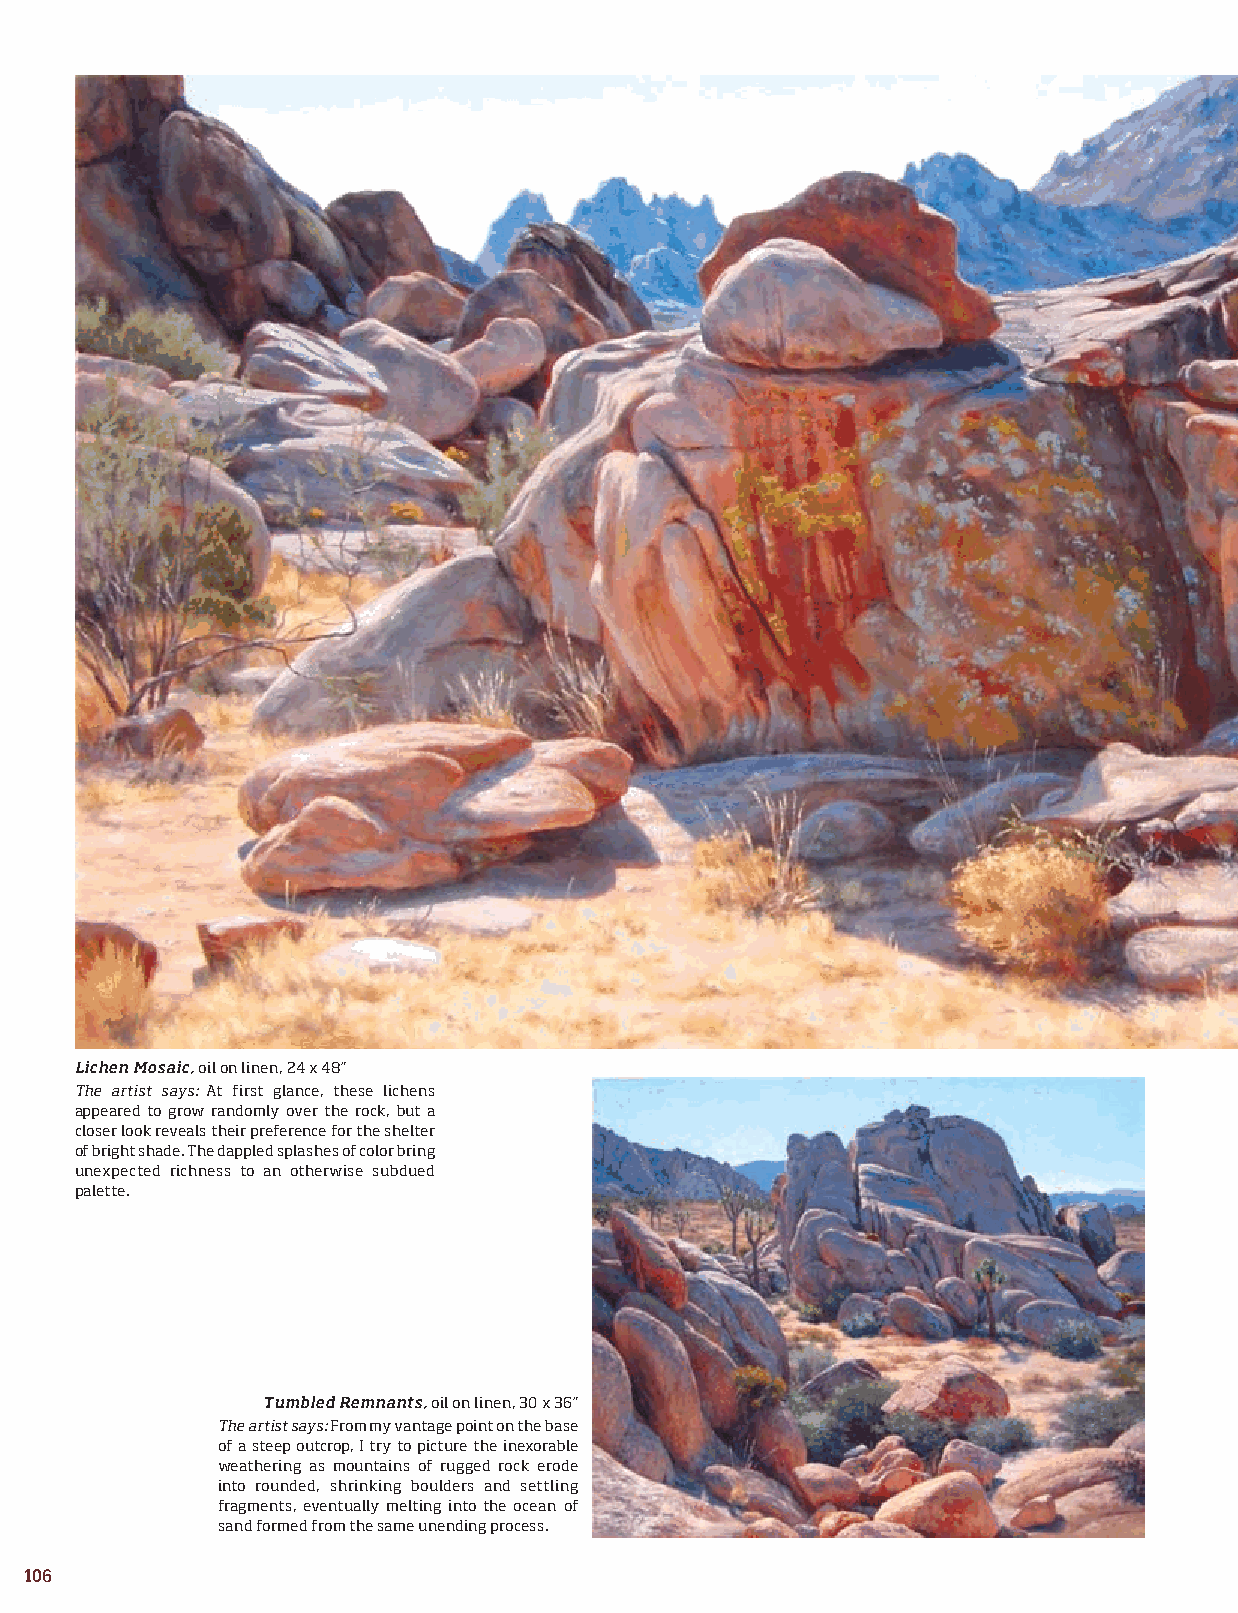
Lichen Mosaic, oil on linen, 24 x 48”
 The artist says: At first glance, these lichens
 appeared to grow randomly over the rock, but a
 closer look reveals their preference for the shelter
 of bright shade. The dappled splashes of color bring
 unexpected richness to an otherwise subdued
 palette.
 Tumbled Remnants, oil on linen, 30 x 36”
 The artist says: From my vantage point on the base
 of a steep outcrop, I try to picture the inexorable
 weathering as mountains of rugged rock erode
 into rounded, shrinking boulders and settling
 fragments, eventually melting into the ocean of
 sand formed from the same unending process.
 106